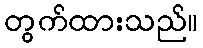
တွက်ထားသည်။